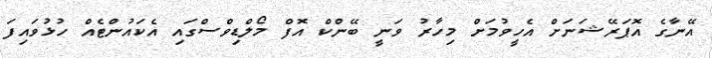
އޭނާގެ އޮޕަރޭޝަނަށް އެހީވުމަށް މިހާރު ވަނީ ބޭންކް އޮފް މޯލްޑިވްސްގައި އެކައުންޓެއް ހުޅުވައިފަ